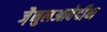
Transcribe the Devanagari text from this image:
जै़नुलआबेदीन